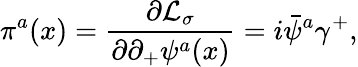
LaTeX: \pi^{a}(x)={\frac{\partial{\cal L}_{\sigma}}{\partial\partial_{+}\psi^{a}(x)}}=i\bar{\psi}^{a}\gamma^{+},